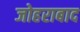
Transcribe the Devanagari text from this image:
जोहराबाद